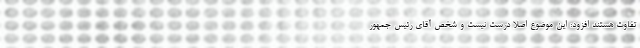
تفاوت هستند افزود: این موضوع اصلا درست نیست و شخص آقای رئیس جمهور